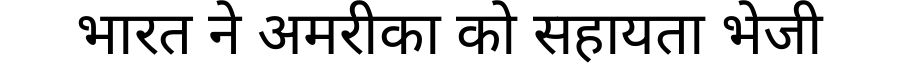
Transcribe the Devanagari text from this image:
भारत ने अमरीका को सहायता भेजी